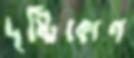
দৃষ্টিকোণ